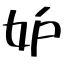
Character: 妒